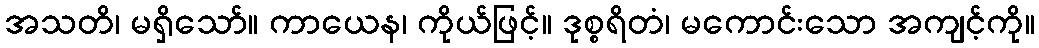
အသတိ၊ မရှိသော်။ ကာယေန၊ ကိုယ်ဖြင့်။ ဒုစ္စရိတံ၊ မကောင်းသော အကျင့်ကို။